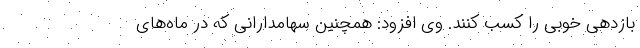
بازدهی خوبی را کسب کنند. وی افزود: همچنین سهامدارانی که در ماه‌های